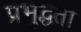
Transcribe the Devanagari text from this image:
प्रभुद्धता